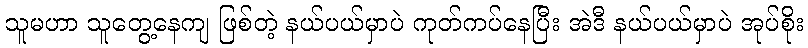
သူမဟာ သူတွေ့နေကျ ဖြစ်တဲ့ နယ်ပယ်မှာပဲ ကုတ်ကပ်နေပြီး အဲဒီ နယ်ပယ်မှာပဲ အုပ်စိုး